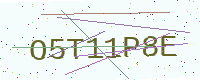
Text: O5T11P8E